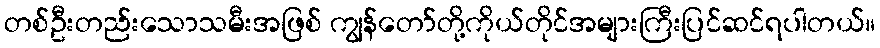
တစ်ဦးတည်းသောသမီးအဖြစ် ကျွန်တော်တို့ကိုယ်တိုင်အများကြီးပြင်ဆင်ရပါတယ်။